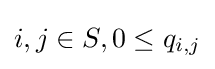
i,j\in S,0\leq q_{i,j}